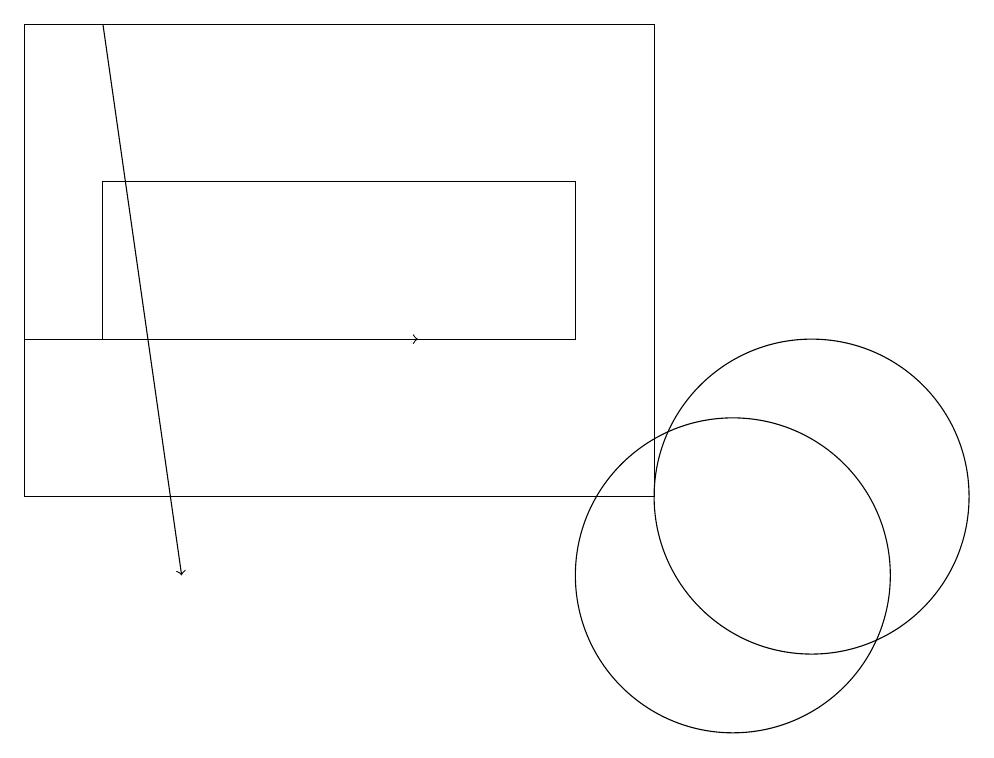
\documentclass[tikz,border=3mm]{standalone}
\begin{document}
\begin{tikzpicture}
\draw (2,16) rectangle (8,14);
\draw (9,18) rectangle (1,12);
\draw[->] (2,18) -- (3,11);
\draw (11,12) circle (2);
\draw (10,11) circle (2);
\draw[->] (1,14) -- (6,14);
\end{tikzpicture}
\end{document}